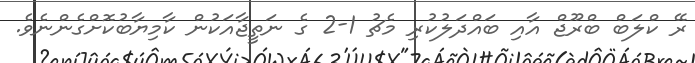
ރޭ ކްލަބް ބްރޫޖް އާއި ބައްދަލުކުރި މެޗު 1-2 ގެ ނަތީޖާއަކުން ކާމިޔާބުކޮށްގެންނެވެ.